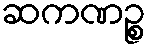
ဆကဏဉ္စ